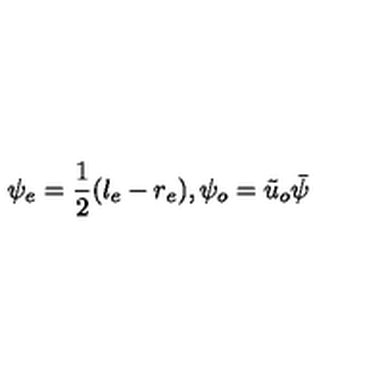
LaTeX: \psi _ { e } = { \frac { 1 } { 2 } } ( l _ { e } - r _ { e } ) , \psi _ { o } = { \tilde { u } } _ { o } \bar { \psi }